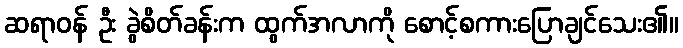
ဆရာဝန် ဦး ခွဲစိတ်ခန်းက ထွက်အလာကို စောင့်စကားပြောချင်သေး၏။